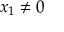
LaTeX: x _ { 1 } \neq 0